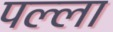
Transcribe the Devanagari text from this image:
पल्‍ला